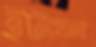
ইটাখলা